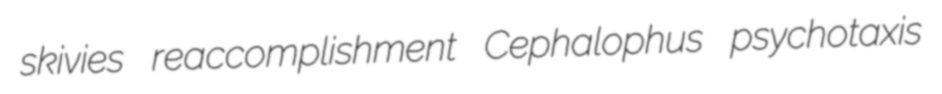
skivies reaccomplishment Cephalophus psychotaxis